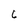
Character: 6